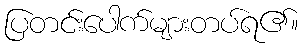
ပြတင်းပေါက်များတပ်ရ၏။